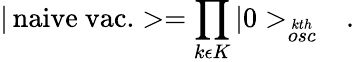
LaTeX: |\, \mathrm{naive\ vac.}>=\prod_{k\epsilon K}|0>_{\stackrel{kth}{osc}}\ \ \ .